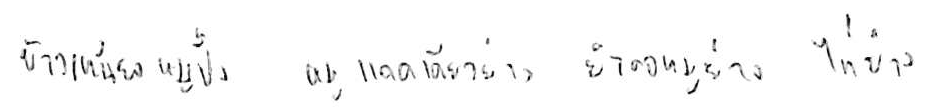
ข้าวเหนียวหมูปิ้ง หมูแดดเดียวย่าง ยำคอหมูย่าง ไก่ย่าง